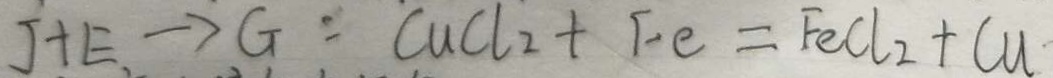
J + E \rightarrow G = C u C l _ { 2 } + F e = F e C l _ { 2 } + C u